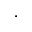
^ { , }